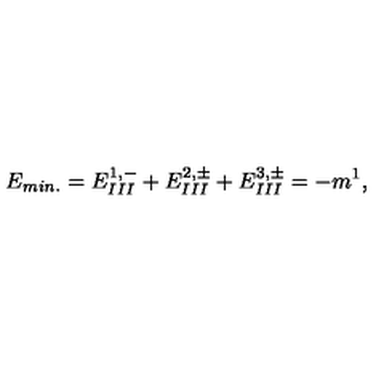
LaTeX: E _ { m i n . } = E _ { I I I } ^ { 1 , - } + E _ { I I I } ^ { 2 , \pm } + E _ { I I I } ^ { 3 , \pm } = - m ^ { 1 } ,